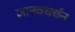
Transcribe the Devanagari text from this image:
ज्ञानवधर्धन